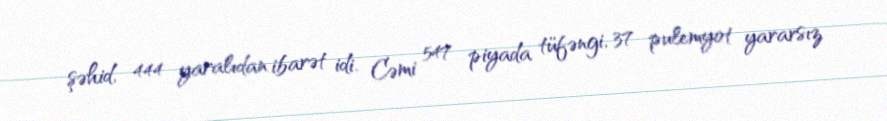
şəhid, 444 yaralıdan ibarət idi. Cəmi 547 piyada tüfəngi, 37 pulemyot yararsız